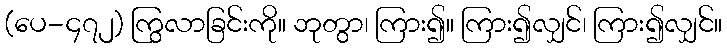
(ပေ-၄၇၂) ကြွလာခြင်းကို။ ဘုတွာ၊ ကြား၍။ ကြား၍လျှင်၊ ကြား၍လျှင်။